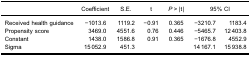
<table><thead><tr><td><b> </b></td><td><b>Coefficient</b></td><td><b>S.E.</b></td><td><b>t</b></td><td><b><i>P</i> &gt; |t|</b></td><td colspan="2"><b>95% CI</b></td></tr></thead><tbody><tr><td>Received health guidance</td><td>−1013.6</td><td>1119.2</td><td>−0.91</td><td>0.365</td><td>−3210.7</td><td>1183.4</td></tr><tr><td>Propensity score</td><td>3469.0</td><td>4551.6</td><td>0.76</td><td>0.446</td><td>−5465.7</td><td>12 403.8</td></tr><tr><td>Constant</td><td>1438.0</td><td>1586.8</td><td>0.91</td><td>0.365</td><td>−1676.8</td><td>4552.9</td></tr><tr><td>Sigma</td><td>15 052.9</td><td>451.3</td><td> </td><td> </td><td>14 167.1</td><td>15 938.8</td></tr></tbody></table>